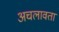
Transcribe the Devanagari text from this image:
अचलावतां